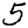
Digit: 5